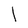
Character: l